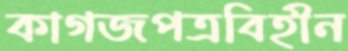
কাগজপত্রবিহীন